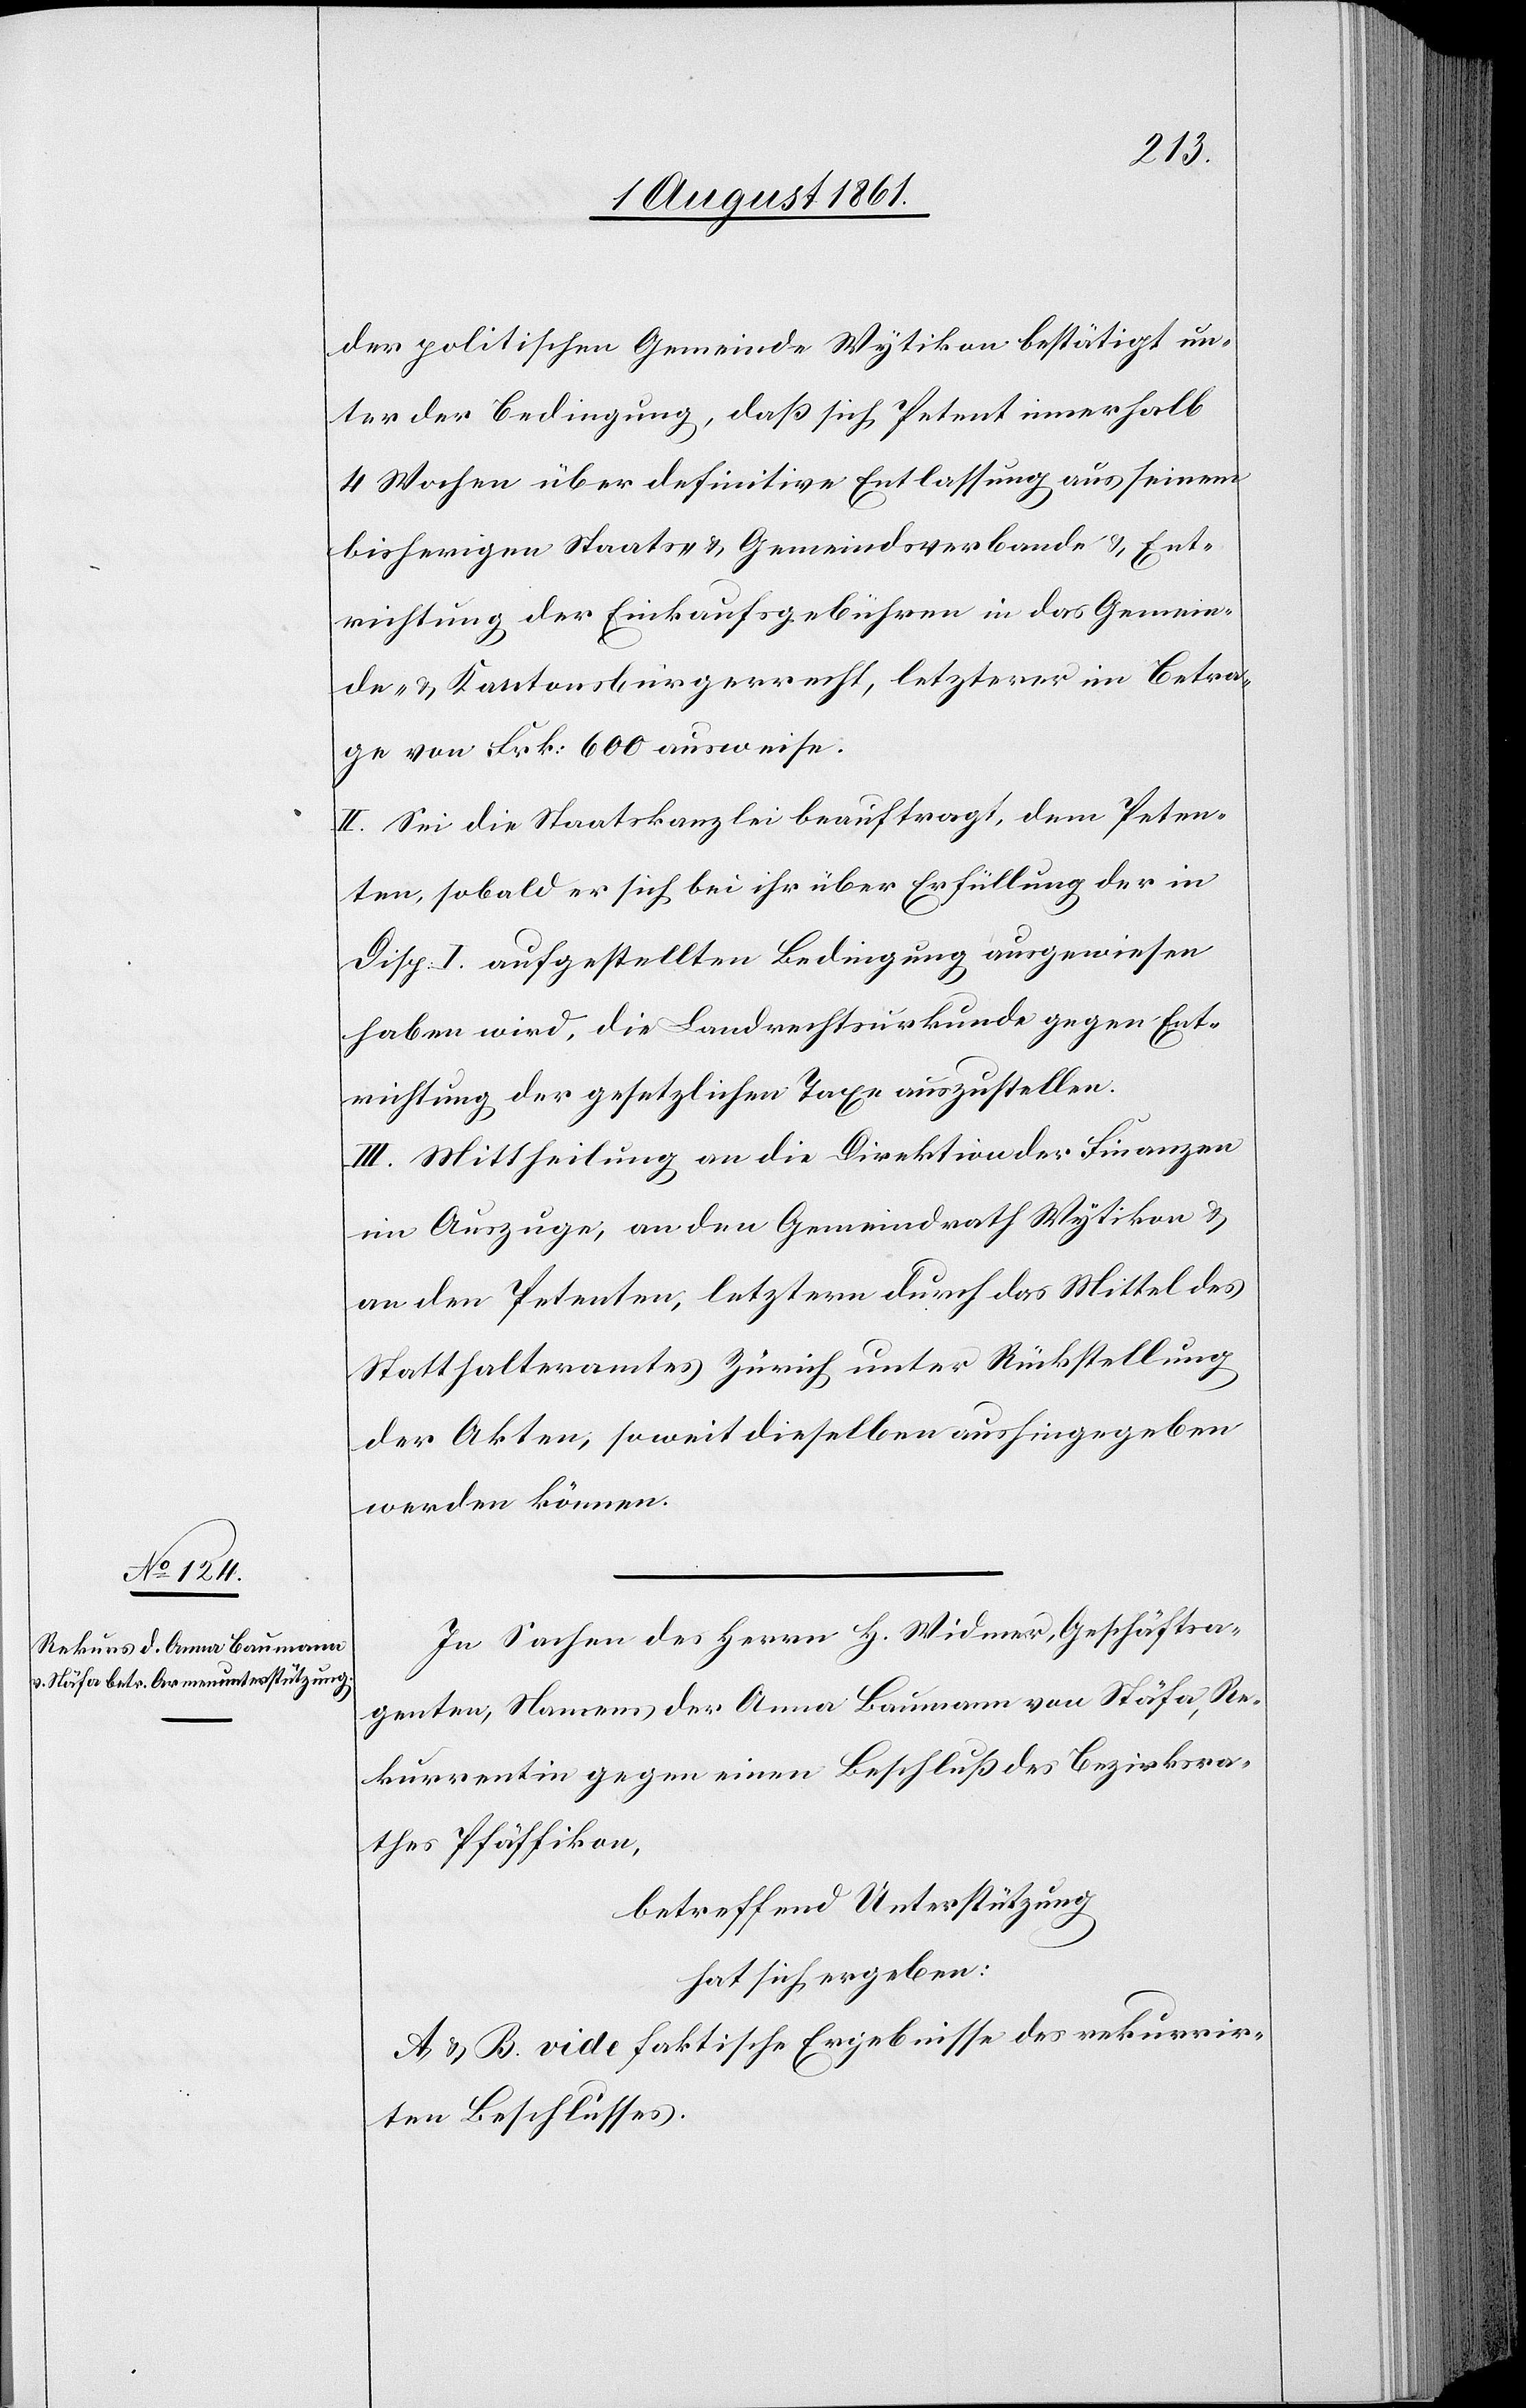
der politischen Gemeinde Wytikon bestätigt un¬
ter der Bedingung, daß sich Petent innerhalb
4 Wochen über definitive Entlassung aus seinem
bisherigen Staats- u. Gemeindsverbande u. Ent¬
richtung der Einkaufsgebühren in das Gemein¬
de- u. Kantonsbürgerrecht, letzterer im Betra¬
ge von Frk. 600 ausweise.
II. Sei die Staatskanzlei beauftragt, dem Peten¬
ten, sobald er sich bei ihr über Erfüllung der in
Disp. I aufgestellten Bedingung ausgewiesen
haben wird, die Landrechtsurkunde gegen Ent¬
richtung der gesetztlichen Taxe auszustellen.
III. Mittheilung an die Direktion der Finanzen
im Auszuge, an den Gemeindrath Wytikon u.
an den Petenten, letztern durch das Mittel des
Statthalteramtes Zürich unter Rückstellung
der Akten, soweit dieselben aushingegeben
werden können.
In Sachen des Herrn H. Widmer, Geschäftsa¬
genten, Namens der Anna Baumann von Stäfa, Re¬
kurrentin gegen einen Beschluß des Bezirksra¬
thes Pfäffikon,
betreffend Unterstützung
hat sich ergeben:
A u. B. vide faktische Ergebnisse des rekurrir¬
ten Beschlusses.